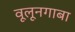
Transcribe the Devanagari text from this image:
वूलूनगाबा